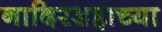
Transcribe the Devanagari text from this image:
नादिरशहाच्या